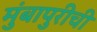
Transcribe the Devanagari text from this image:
मुंबापुरीची